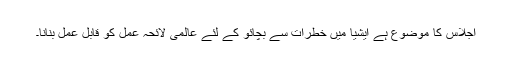
اجلاس کا موضوع ہے ایشیا میں خطرات سے بچائو کے لئے عالمی لائحہ عمل کو قابل عمل بنانا۔